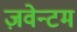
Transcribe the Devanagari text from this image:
ज़वेन्टम